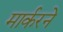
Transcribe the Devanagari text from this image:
मार्करने